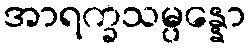
အာရက္ခသမ္ပန္နော